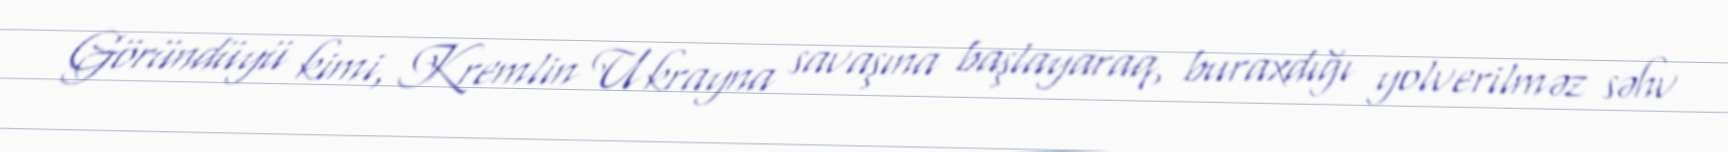
Göründüyü kimi, Kremlin Ukrayna savaşına başlayaraq, buraxdığı yolverilməz səhv